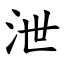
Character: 泄